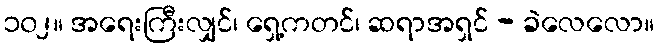
၁၀၂။ အရေးကြီးလျှင်၊ ရှေ့ကတင်၊ ဆရာအရှင် - ခဲလေလော။